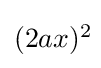
\textstyle (2ax)^{2}\!